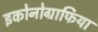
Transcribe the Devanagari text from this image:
इकोनोग्राफिया